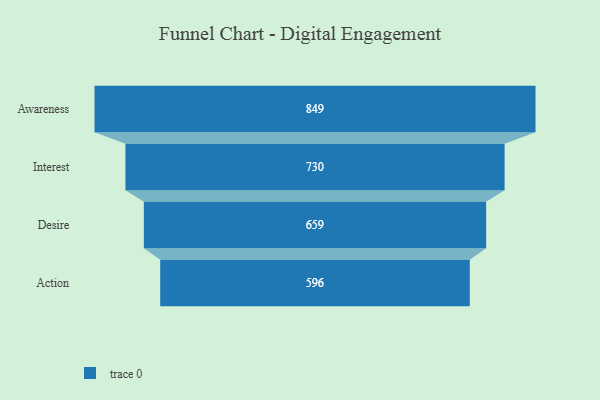
{"axis": {"x": "Stage", "y": "Value"}, "legend": [""], "data": [{"x": "Awareness", "y": 849.0, "type": ""}, {"x": "Interest", "y": 730.0, "type": ""}, {"x": "Desire", "y": 659.0, "type": ""}, {"x": "Action", "y": 596.0, "type": ""}]}